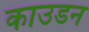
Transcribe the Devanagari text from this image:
काउडन